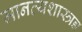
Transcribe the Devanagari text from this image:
मानव्यशास्त्रज्ञ